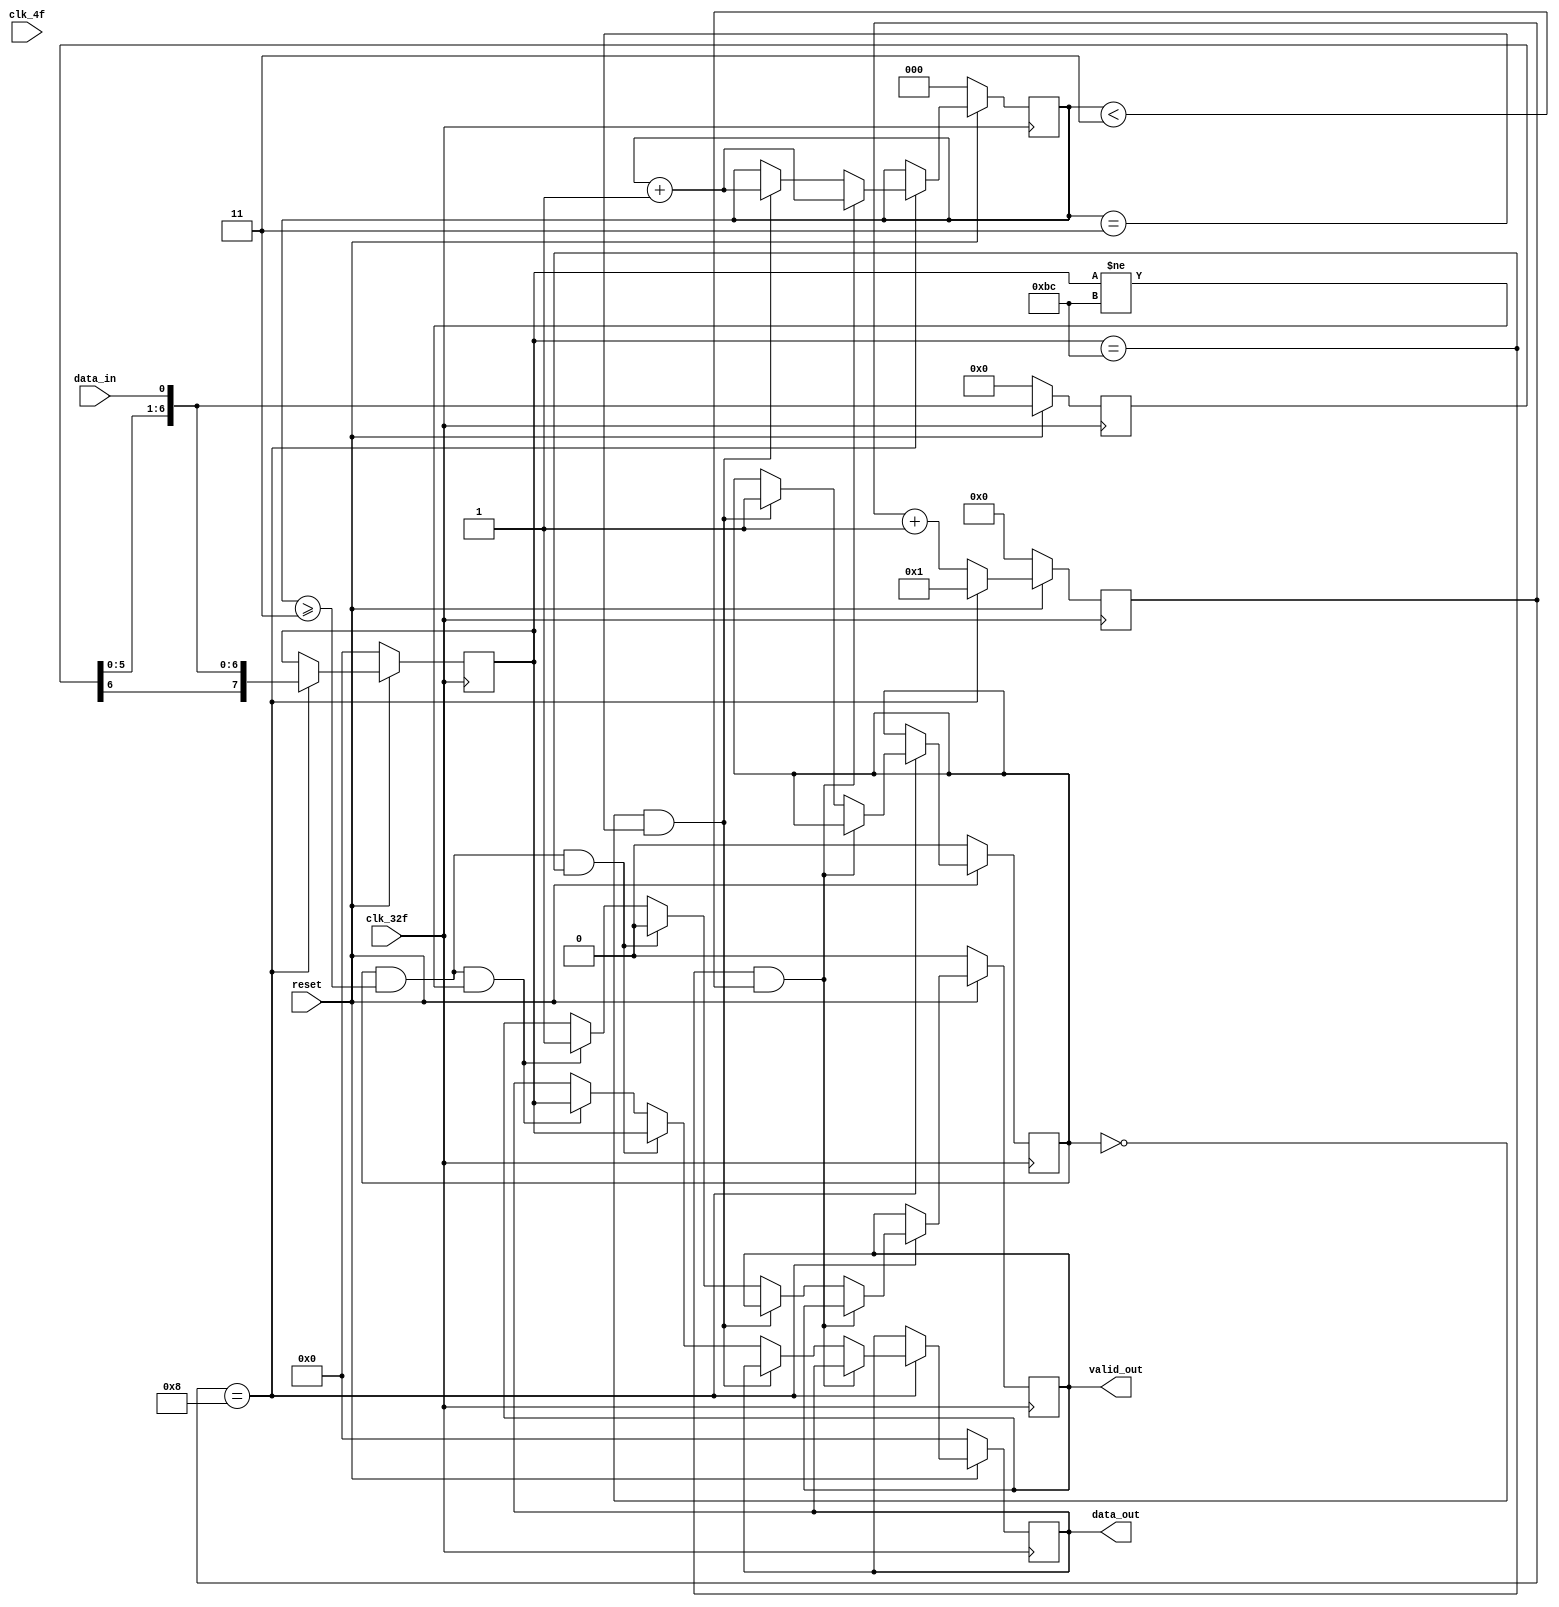
module serial_paralelo(input data_in,
                       input clk_4f,
                       input clk_32f,
                       input reset,
                       output reg valid_out,
                       output reg [7:0] data_out);
    reg [2:0] bc_counter;
    reg [7:0] data2send, wait_buffer;
    reg [4:0] counter;
    reg active;
    always @(posedge clk_32f)
        begin
            if(~reset)
                begin
                    bc_counter <= 0;
                    counter <= 0;
                    active <= 0;
                    wait_buffer <= 0;
                    data2send <= 0;
                    data_out <= 0;
                    valid_out <= 0;
                end
            else
                begin
                    wait_buffer <= {wait_buffer[6:0], data_in};
                    if(counter == 8)
                        begin
                            counter <= 1;
                            data2send <= {wait_buffer[6:0], data_in};
                            if(data2send == 8'hBC & bc_counter < 3)
                                bc_counter <= bc_counter + 1;
                            else if(~active & bc_counter == 3)
                                begin
                                    active <= 1;
                                    bc_counter <= bc_counter + 1;
                                end
                            else if(active & bc_counter >= 3 & data2send == 8'hBC)
                                begin
                                    data_out <= data2send;
                                    valid_out <= 0;
                                end
                            else if(active & bc_counter >= 3 & data2send != 8'hBC)
                                begin
                                    data_out <= data2send;
                                    valid_out <= 1;
                                end
                        end
                    else
                        begin
                            counter <= counter + 1;
                        end
                        
                end
        end
endmodule